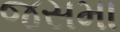
જસમા